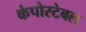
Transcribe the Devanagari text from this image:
कंपोस्टेबल